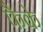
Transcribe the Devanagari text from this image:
फैके